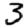
Digit: 3